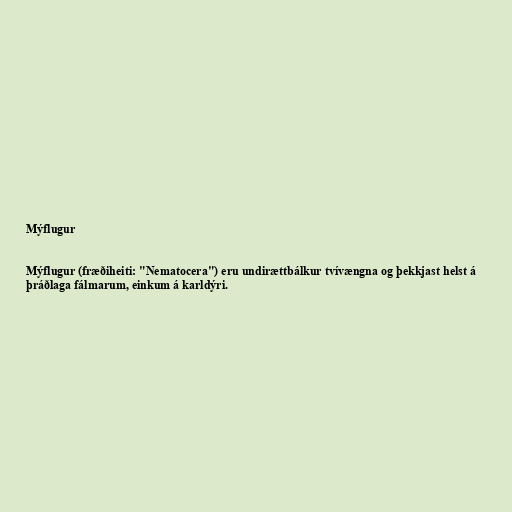
Mýflugur

Mýflugur (fræðiheiti: "Nematocera") eru undirættbálkur tvívængna og þekkjast helst á
þráðlaga fálmarum, einkum á karldýri.